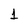
Character: 1